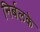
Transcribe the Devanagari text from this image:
निर्बलके